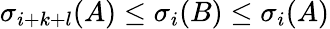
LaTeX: \sigma_{i+k+l}(A)\leq\sigma_{i}(B)\leq\sigma_{i}(A)